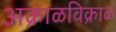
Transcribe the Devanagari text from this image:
अक्राळविक्राळ